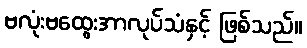
ဗလုံးဗထွေးအာလုပ်သံနှင့် ဖြစ်သည်။